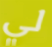
لي